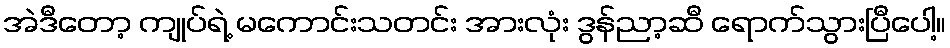
အဲဒီတော့ ကျုပ်ရဲ့ မကောင်းသတင်း အားလုံး ဒွန်ညာ့ဆီ ရောက်သွားပြီပေါ့။